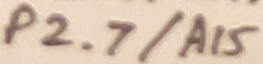
Text: P2.7/A15